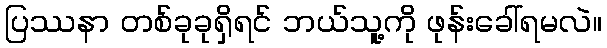
ပြဿနာ တစ်ခုခုရှိရင် ဘယ်သူ့ကို ဖုန်းခေါ်ရမလဲ။